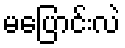
မပြောင်းလဲ